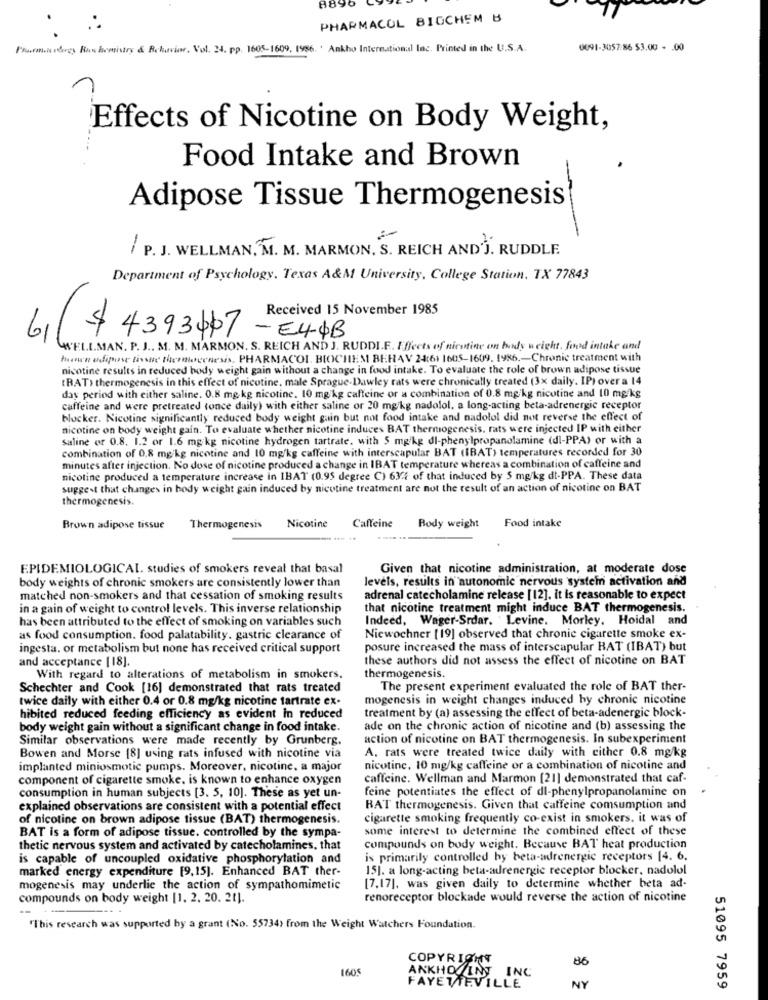
8890
PHARMACOL BIOCHEM B
Prommen obrzy Boskomistry & Rokuviar, Vol. 24. pp. 1605-1609, 1986. . Ankho International Inc. Printed in the U.S.A.
0091-3057:86 $3.00 - . 00
Effects of Nicotine on Body Weight,
Food Intake and Brown
Adipose Tissue Thermogenesis
/ P. J. WELLMAN, M. M. MARMON. S. REICH AND']. RUDDLE
Department of Psychology. Texas A&M University, College Station, TX 77843
Received 15 November 1985
6
$ 4393467 -E44B
I.MAN. P. J .. M. M. MARMON. S. REICH AND J. RUDDI.E. Effects of nicotine on body weight, food intake and
how'n adipose tissue thermogenesis. PHARMACOL. BIOCHEM BERAV 24(6) 1605-1609. 1986 .- Chronic treatment with
nicotine results in reduced body weight gain without a change in food intake. To evaluate the role of brown adipose tissue
[RAT> thermogenesis in this effect of nicotine, male Sprague-Dawley rats were chronically treated (3x daily. IP) over a 14
day period with either saline. 0.8 mg.kg nicotine. 10 mg/kg caffeine or a combination of 0.8 mg/kg nicotine and 10 mg/kg
caffeine and were pretreated (once daily) with either saline or 20 mg/kg nadolol, a long-acting beta-adrenergic receptor
blocker. Nicotine significantly reduced body weight gain but not food intake and nadolol did not reverse the effect of
nicotine on body weight gain. To evaluate whether nicotine induces BAT thermogenesis, rats were injected IP with either
Saline or 0.8. 1.2 or 1.6 mg kg nicotine hydrogen tartrate. with 5 mg/kg dl-phenylpropanolamine (dl-PPA) or with a
combination of 0.8 mg/kg nicotine and 10 mg/kg caffeine with interscapular BAT (IBAT) temperatures recorded for 30
minutes after injection. No dose of nicotine produced a change in IBAT temperature whereas a combination of caffeine and
nicotine produced a temperature increase in IBAT (0.95 degree C) 634 of that induced by 5 mg/kg dt-PPA. These data
suggest that changes in body weight gain induced by nicotine treatment are not the result of an action of nicotine on BAT
thermogenesis.
Food intake
Brown adipose tissue
Thermogenesis
Nicotine
Caffeine
Body weight
EPIDEMIOLOGICAL. studies of smokers reveal that basal
Given that nicotine administration, at moderate dose
body weights of chronic smokers are consistently lower than
levels, results in autonomic nervous system activation and
matched non-smokers and that cessation of smoking results
adrenal catecholamine release [12], it is reasonable to expect
in a gain of weight to control levels. This inverse relationship
that nicotine treatment might induce BAT thermogenesis.
has been attributed to the effect of smoking on variables such
Indeed, Wager-Srdar. Levine. Morley. Hoidal and
as food consumption. food palatability. gastric clearance of
Niewochner [19] observed that chronie cigarette smoke ex-
ingesta. or metabolism but none has received critical support
posure increased the mass of interscapular BAT (IBAT) but
these authors did not assess the effect of nicotine on BAT
and acceptance [18].
With regard to alterations of metabolism in smokers.
thermogenesis.
Schechter and Cook [16] demonstrated that rats treated
The present experiment evaluated the role of BAT ther-
twice daily with either 0.4 or 0.8 mg/kg nicotine tartrate ex-
mogenesis in weight changes induced by chronic nicotine
hibited reduced feeding efficiency as evident in reduced
treatment by (a) assessing the effect of beta-adenergic block-
body weight gain without a significant change in food intake.
ade on the chronic action of nicotine and (b) assessing the
Similar observations were made recently by Grunberg.
action of nicotine on BAT thermogenesis. In subexperiment
A. rats were treated twice daily with either 0.8 mg/kg
Bowen and Morse [8] using rats infused with nicotine via
implanted miniosmotic pumps. Moreover, nicotine, a major
nicotine, 10 mg/kg caffeine or a combination of nicotine and
component of cigarette smoke, is known to enhance oxygen
caffeine. Wellman and Marmon [21] demonstrated that caf
feine potentiates the effect of dl-phenylpropanolamine on
consumption in human subjects [3. 5, 10). These as yet un-
explained observations are consistent with a potential effect
BAT thermogenesis. Given that caffeine comsumption and
of nicotine on brown adipose tissue (BAT) thermogenesis.
cigarette smoking frequently co-exist in smokers. it was of
some interest to determine the combined effect of these
BAT is a form of adipose tissue. controlled by the sympa-
thetic nervous system and activated by catecholamines, that
compounds on body weight. Because BAT heat production
is capable of uncoupled oxidative phosphorylation and
is primarily controlled by beta-adrenergie receptors [4. 6.
marked energy expenditure [9,15]. Enhanced BAT ther-
15]. a long-acting beta-adrenergic receptor blocker, nadolol
mogenesis may underlie the action of sympathomimetic
[7.17], was given daily to determine whether beta ad-
compounds on body weight [1. 2. 20. 21].
renoreceptor blockade would reverse the action of nicotine
--
--
"This research was supported by a grant (No. 55734) from the Weight Watchers Foundation.
COPYRIGHT
86
1605
ANKHO INT INC
FAYETTEVILLE
NY
51095 7959